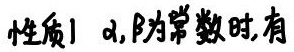
性质1 $\alpha,\beta$为常数时,有